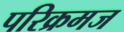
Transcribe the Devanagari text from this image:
परिक्रमज